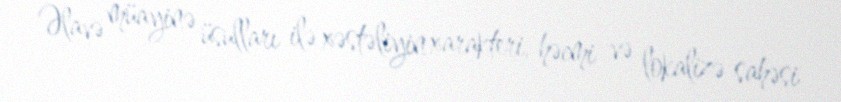
Əlavə müayinə üsulları ilə xəstəliyin xarakteri, həcmi və lokalizə sahəsi